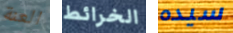
العنة الخرائط سيده